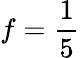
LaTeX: f=\frac 15